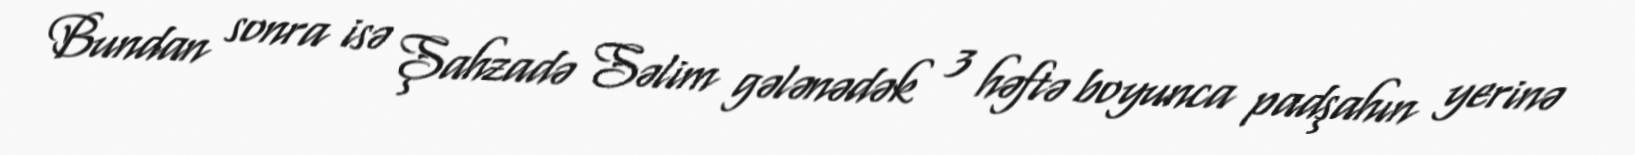
Bundan sonra isə Şahzadə Səlim gələnədək 3 həftə boyunca padşahın yerinə